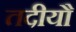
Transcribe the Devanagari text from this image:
तदीयौ